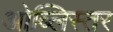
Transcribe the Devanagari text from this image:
ओब्लिस्तर